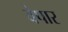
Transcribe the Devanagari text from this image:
वेपार